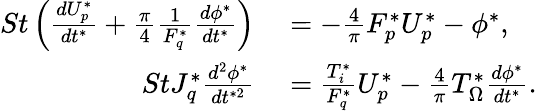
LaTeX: \begin{array}{rl}{St\left(\frac{dU_{p}^{*}}{dt^{*}}+\frac{\pi}{4}\frac{1}{F_{q}^{*}}\frac{d\phi^{*}}{dt^{*}}\right)}&{{}=-\frac{4}{\pi}F_{p}^{*}U_{p}^{*}-\phi^{*},}\\ {StJ_{q}^{*}\frac{d^{2}\phi^{*}}{dt^{*2}}}&{{}=\frac{T_{i}^{*}}{F_{q}^{*}}U_{p}^{*}-\frac{4}{\pi}T_{\Omega}^{*}\frac{d\phi^{*}}{dt^{*}}.}\end{array}